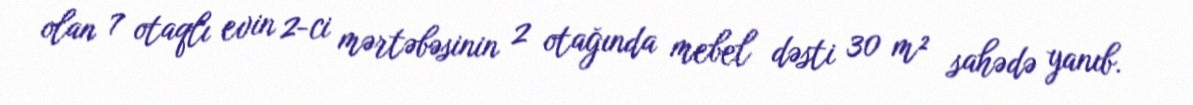
olan 7 otaqlı evin 2-ci mərtəbəsinin 2 otağında mebel dəsti 30 m² sahədə yanıb.